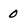
Character: 0